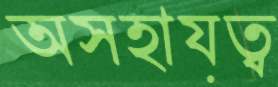
অসহায়ত্ব